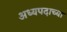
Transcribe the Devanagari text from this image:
अध्यपदाच्या